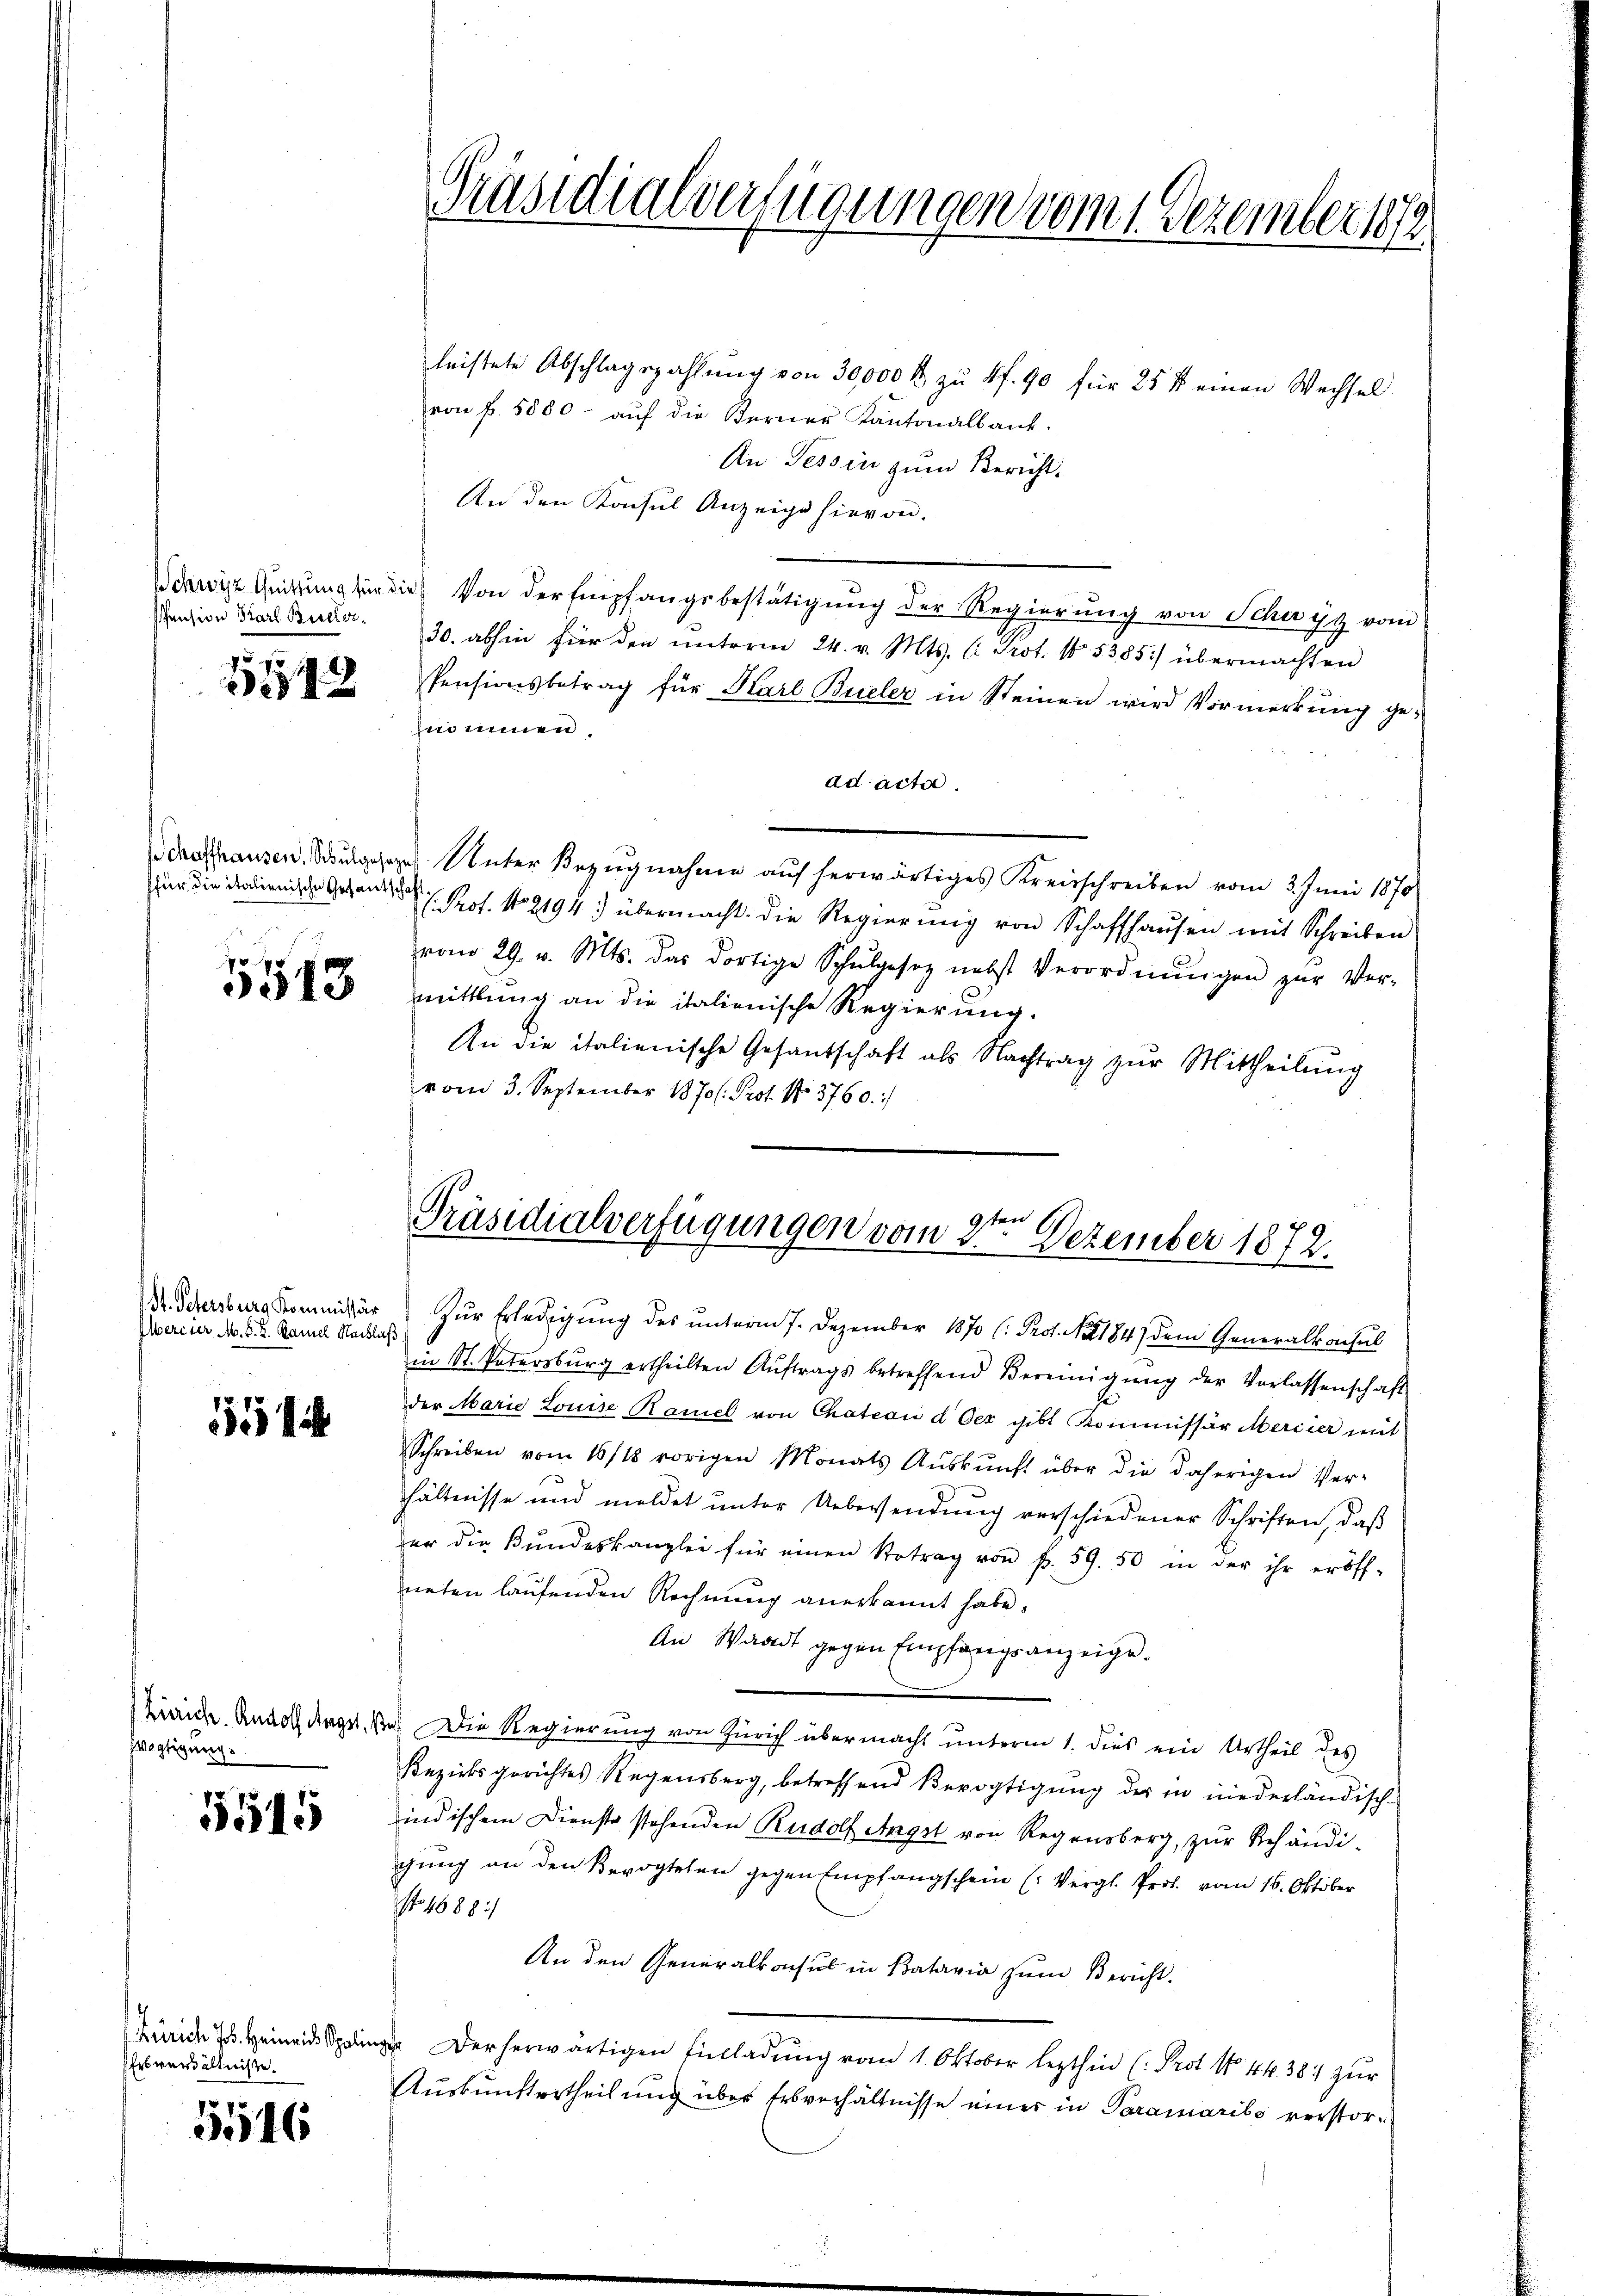
Schwyz Quittung für die
spension Karl Biller¬

1572

für die italienische Gefantsch

5513

St. Petersburg Kommissär
Meriter M. D. R. Kamel Nachlaß

5

vogtigung.

5545

Zürich Hs. Heinrich Spalin
Erbverhältniße.

55516

Präsidialverfügungen vom 1. Dezember 1872

leistete Abschlagszahlung von 30,000 fl zu 4 f. 90 für 25 f einen Wechsel
von f. 5800. aŭf die Ferner Kantonalbank.
An Tessin zum Bericht.
An den Konsul Anzeige hievon.
Von der Empfangsbestätigung der Regierung von Schwyz vom
30. abhin für den ŭnterm 24. v. Mts. C. Prot. 15385) übermachten
Pensionsbetrag für Karl Büeler in Steinen wird Vormerkung gezi innen.
ad acta.
Schaffhausen. Sulzer Unter Bezugnahme auf herwärtiges Kreisschreiben vom 3. Juni 1870
dh. Prof. No 2194. übermacht. Die Regierŭng von Schaffhaŭsen mit Schreiben
vom 29. v. Mts. das dortige Schŭlgesetz nebst Verordnŭngen zŭr Ver-
mittlung an die italienische Regierung.
An die italienische Gesandschaft als Nachtrag zŭr Mittheilŭng
vom 3. September 1870/. Prot. N. 3760.

Präsidialverfügungen vom 2te͇n Dezember 1872.

Zur Erledigung des unterm 7. Dezember 1870 (: Prof. No 184) dem Generalkonsul
in St. Vatersburg ertheilten Aŭftrags betreffend Vereinigŭng der Vorlassenschaft
der Marie Louise Ramel von Chateau d Oes gibt Kommissär Mercier mit
Schreiben vom 16/18 vorigen Monats Aŭskŭnft über die daherigen Ver-
hältnisse und meldet ŭnter Uebersendŭng verschiedener Schriften, daβ
der die Bundeskanzlei für einen Retrag von f. 59. 50 in der ihr eröff-
neten laufenden Rechnung anerkannt habe.
An Waadt gegen Empfangsanzeige.
Zürich. Rudolf Magst, e) Die Regierung von Zürich übermacht unterm 1. dies ein Urtheil des
Bezirksgerichtes Regensberg, betreffend Bevogtigung der in niederländisch-
indischem Dienste stehenden Rudolf Angst von Regensberg, zŭr Behändigung an den Bevogteten gegen Empfangschein (Vergl. Prof. vom 16. Oktober
No. 1688:/
An den Generalkonsul in Batavia zum Bericht.
Derherwärtigen Einladŭng vom 1. Oktober lezthin (Prot. N. 44. 384 zur
Auskunftertheilung über Erbverhältnisse einer in Paramarito verstor¬